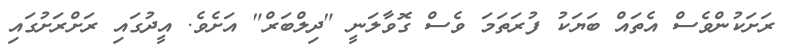
ރަށަކުންވެސް އެތައް ބަޔަކު ފުރަތަމަ ވެސް ގޮވާލަނީ "ދިލްބަރް" އަށެވެ. އީދުގައި ރަށްރަށުގައި